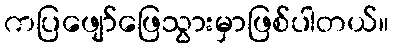
ကပြဖျော်ဖြေသွားမှာဖြစ်ပါတယ်။